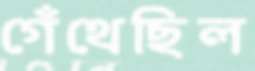
গেঁথেছিল